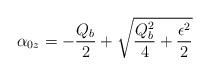
LaTeX: \begin{align*}\alpha_{0z}=-\frac{Q_b}{2} +\sqrt{\frac{Q_b^2}{4} + \frac{\epsilon^2}{2} }\end{align*}